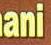
ani